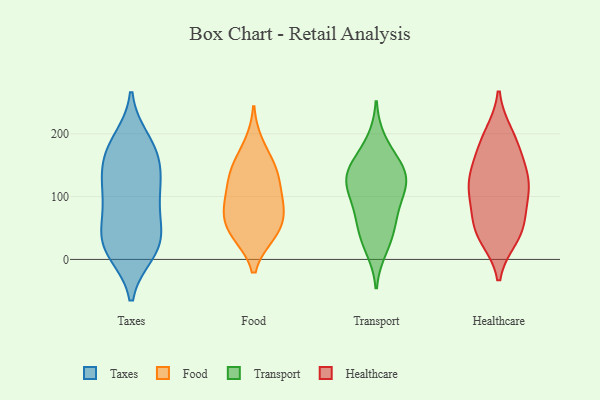
{"axis": {"x": "Budget (USD K)", "y": "Value"}, "legend": ["Food", "Healthcare", "Taxes", "Transport"], "data": [{"x": "", "y": 17, "type": "Taxes"}, {"x": "", "y": 158, "type": "Taxes"}, {"x": "", "y": 178, "type": "Taxes"}, {"x": "", "y": 190, "type": "Taxes"}, {"x": "", "y": 153, "type": "Taxes"}, {"x": "", "y": 24, "type": "Taxes"}, {"x": "", "y": 179, "type": "Taxes"}, {"x": "", "y": 125, "type": "Taxes"}, {"x": "", "y": 113, "type": "Taxes"}, {"x": "", "y": 55, "type": "Taxes"}, {"x": "", "y": 25, "type": "Taxes"}, {"x": "", "y": 79, "type": "Taxes"}, {"x": "", "y": 125, "type": "Taxes"}, {"x": "", "y": 99, "type": "Taxes"}, {"x": "", "y": 11, "type": "Taxes"}, {"x": "", "y": 19, "type": "Taxes"}, {"x": "", "y": 60, "type": "Taxes"}, {"x": "", "y": 79, "type": "Food"}, {"x": "", "y": 183, "type": "Food"}, {"x": "", "y": 42, "type": "Food"}, {"x": "", "y": 68, "type": "Food"}, {"x": "", "y": 92, "type": "Food"}, {"x": "", "y": 41, "type": "Food"}, {"x": "", "y": 140, "type": "Food"}, {"x": "", "y": 138, "type": "Food"}, {"x": "", "y": 85, "type": "Food"}, {"x": "", "y": 146, "type": "Food"}, {"x": "", "y": 115, "type": "Food"}, {"x": "", "y": 40, "type": "Food"}, {"x": "", "y": 36, "type": "Transport"}, {"x": "", "y": 132, "type": "Transport"}, {"x": "", "y": 70, "type": "Transport"}, {"x": "", "y": 114, "type": "Transport"}, {"x": "", "y": 145, "type": "Transport"}, {"x": "", "y": 18, "type": "Transport"}, {"x": "", "y": 106, "type": "Transport"}, {"x": "", "y": 50, "type": "Transport"}, {"x": "", "y": 135, "type": "Transport"}, {"x": "", "y": 156, "type": "Transport"}, {"x": "", "y": 188, "type": "Transport"}, {"x": "", "y": 85, "type": "Transport"}, {"x": "", "y": 129, "type": "Transport"}, {"x": "", "y": 154, "type": "Healthcare"}, {"x": "", "y": 140, "type": "Healthcare"}, {"x": "", "y": 35, "type": "Healthcare"}, {"x": "", "y": 107, "type": "Healthcare"}, {"x": "", "y": 133, "type": "Healthcare"}, {"x": "", "y": 37, "type": "Healthcare"}, {"x": "", "y": 60, "type": "Healthcare"}, {"x": "", "y": 176, "type": "Healthcare"}, {"x": "", "y": 110, "type": "Healthcare"}, {"x": "", "y": 194, "type": "Healthcare"}, {"x": "", "y": 47, "type": "Healthcare"}, {"x": "", "y": 110, "type": "Healthcare"}, {"x": "", "y": 106, "type": "Healthcare"}, {"x": "", "y": 58, "type": "Healthcare"}, {"x": "", "y": 199, "type": "Healthcare"}]}